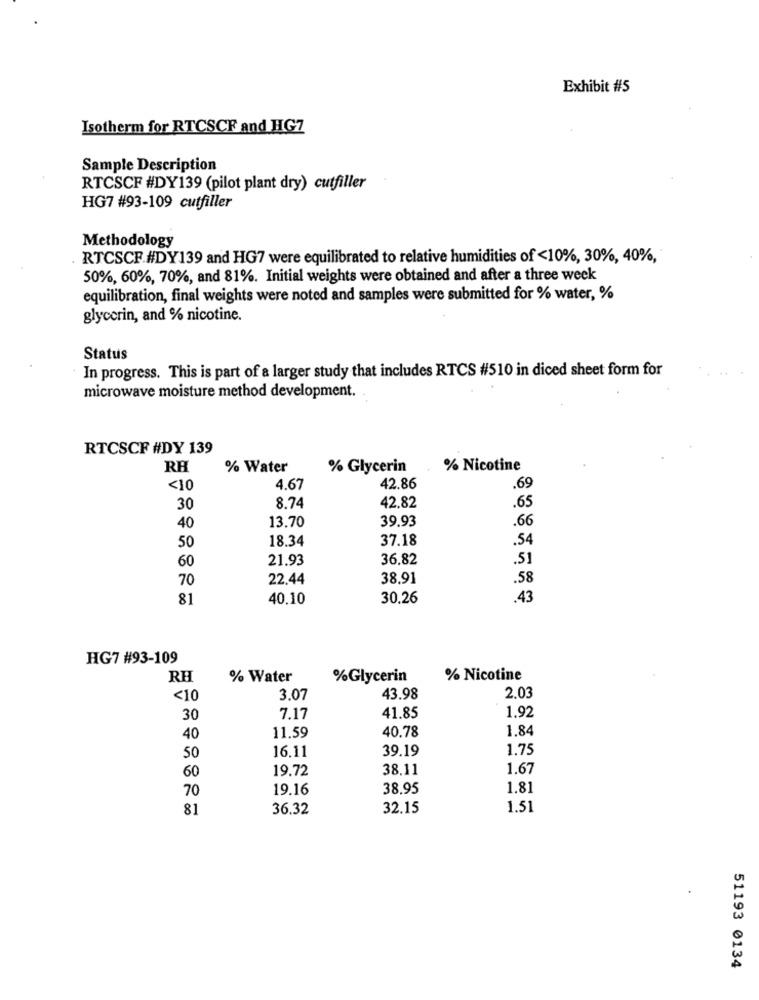
Exhibit #5
Isotherm for RTCSCF and HG7
Sample Description
RTCSCF #DY139 (pilot plant dry) cutfiller
HG7 #93-109 cutfiller
Methodology
RTCSCF.#DY139 and HG7 were equilibrated to relative humidities of <10%, 30%, 40%,
50%, 60%, 70%, and 81%. Initial weights were obtained and after a three week
equilibration, final weights were noted and samples were submitted for % water, %
glycerin, and % nicotine.
Status
In progress. This is part of a larger study that includes RTCS #510 in diced sheet form for
microwave moisture method development.
RTCSCF #DY 139
RH
% Water
% Glycerin
% Nicotine
<10
4.67
42.86
.69
30
8.74
42,82
.65
13.70
39.93
40
.66
18.34
37.18
.54
50
60
21.93
36.82
.51
70
22.44
38.91
.58
81
40.10
30.26
.43
HG7 #93-109
RH
% Water
%Glycerin
% Nicotine
<10
3.07
43.98
2.03
1.92
30
7.17
41.85
40.78
1.84
40
11.59
16.11
39.19
1.75
50
60
19.72
38.11
1.67
70
19.16
38,95
1.81
81
36.32
32.15
1.51
51193 0134